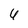
Character: 6